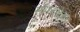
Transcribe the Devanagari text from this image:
सॉफटवेअर